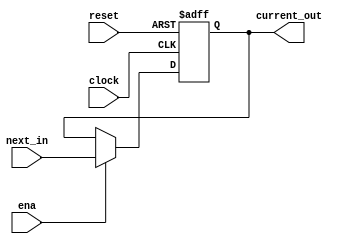
`timescale 1ns / 1ps
//////////////////////////////////////////////////////////////////////////////////
// Company:
// Engineer:
//
// Design Name:
// Module Name: dffe32
// Project Name:
// Target Devices:
// Tool Versions:
// Description:
//
// Dependencies:
//
// Revision:
// Revision 0.01 - File Created
// Additional Comments:
//
//////////////////////////////////////////////////////////////////////////////////


module dffe32(next_in, clock, reset, ena, current_out);
    localparam              MSB = 31;
    // localparam              SHIFT = 32'h00400000;
    localparam              SHIFT = 32'h0;
    input       [MSB:0]     next_in;
    input                   clock, reset, ena;
    output reg  [MSB:0]     current_out;

    always @ ( posedge clock or posedge reset ) begin
        if (reset) begin
            current_out <= SHIFT;
        end else if (ena) begin
            current_out <= next_in;
        end
    end


endmodule